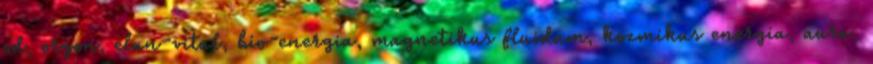
od, orgon, elan-vital, bio-energia, magnetikus fluidum, kozmikus energia, aura,